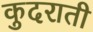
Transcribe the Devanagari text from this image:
कुदराती